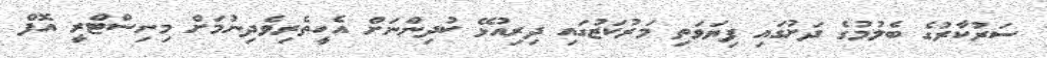
ސަރުކާރުގެ ބެލުމުގެ ދަށުގައި ފިޔަވަތި މަރުކަޒުގައި ދިރިއުޅޭ ކުދިންނަށް އެހީތެރިވެދިނުމަށް މިނިސްޓްރީ އޮފް